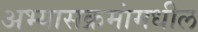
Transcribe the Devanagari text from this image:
अभ्यासक्रमांमधील